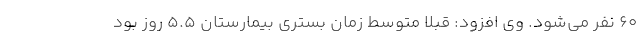
۶۰ نفر می‌شود. وی افزود: قبلا متوسط زمان بستری بیمارستان ۵.۵ روز بود